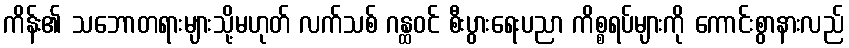
ကိန်း၏ သဘောတရားများသို့မဟုတ် လက်သစ် ဂန္ထဝင် စီးပွားရေးပညာ ကိစ္စရပ်များကို ကောင်းစွာနားလည်